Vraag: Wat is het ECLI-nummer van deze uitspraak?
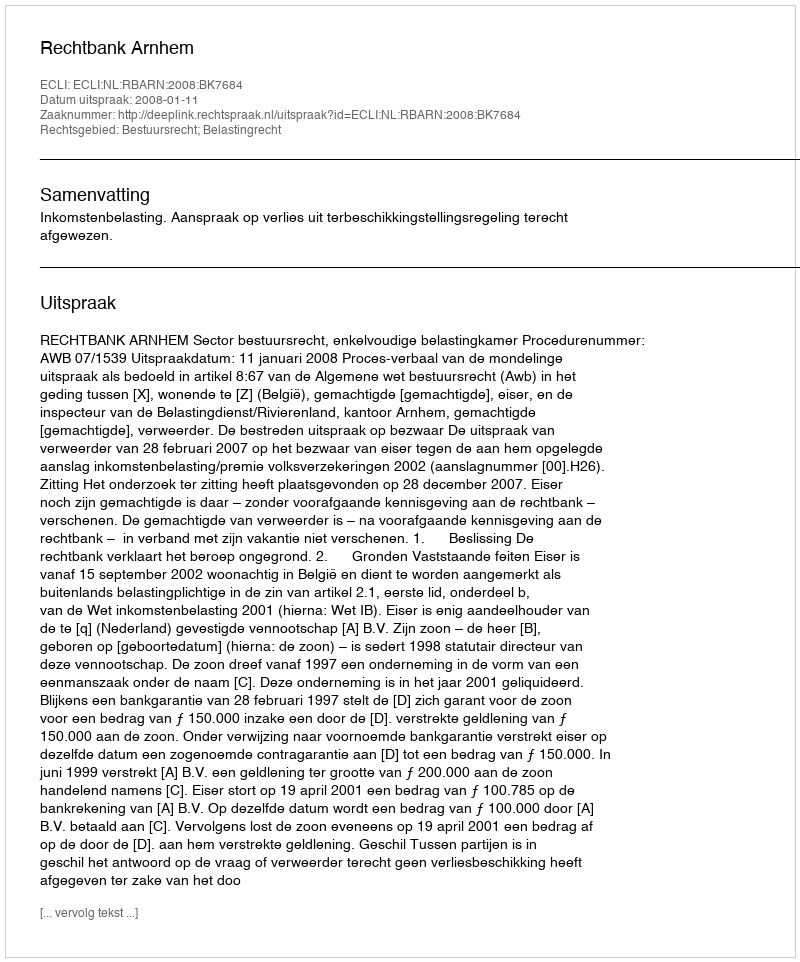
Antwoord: ECLI:NL:RBARN:2008:BK7684